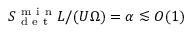
S _ { \mathrm { ~ d ~ e ~ t ~ } } ^ { \mathrm { ~ m ~ i ~ n ~ } } L / ( U \Omega ) = \alpha \lesssim O ( 1 )